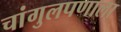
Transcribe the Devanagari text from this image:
चांगुलपणाला